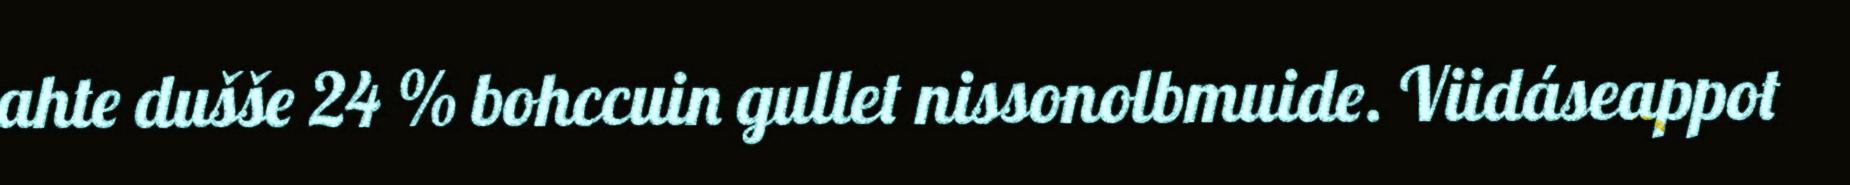
ahte dušše 24 % bohccuin gullet nissonolbmuide. Viidáseappot